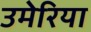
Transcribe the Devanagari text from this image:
उमेरिया